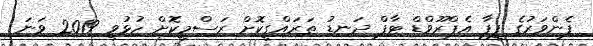
ފެންވަރުގެ ފީފާ އެޕްރޫވްޑް ޓާފް ދަނޑު ތަރައްގީކޮށް ރަސްމީކޮށް ހުޅުވީ 2019 ވަނަ